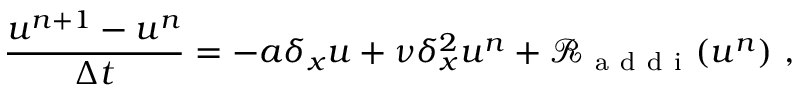
\frac { u ^ { n + 1 } - u ^ { n } } { \Delta t } = - a \delta _ { x } u + \nu \delta _ { x } ^ { 2 } u ^ { n } + \mathcal { R } _ { \mathrm { ~ a ~ d ~ d ~ i ~ } } ( u ^ { n } ) \ ,